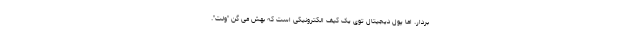
بردار. اما پول دیجیتال توی یک کیف الکترونیکی است که بهش می گن "ولت".